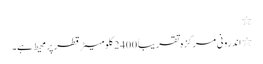
٭
٭ اندرونی مرکزہ تقریباً 2400 کلومیٹر قطر پر محیط ہے۔